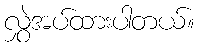
လွှဲအပ်ထားပါတယ်။